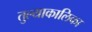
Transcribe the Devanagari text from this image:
तुल्याकालिका